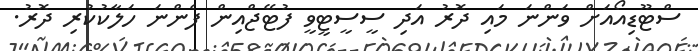
ސްޓޫޑިއޯއަށް ވަންނަ މައި ދޮރު އަދި ސީސީޓީވީ ފުޓޭޖްއިން ފެންނަ ހަލާކުކުރި ދޮރު.